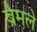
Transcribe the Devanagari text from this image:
ब्रैमले